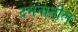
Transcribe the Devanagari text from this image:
दमनातील